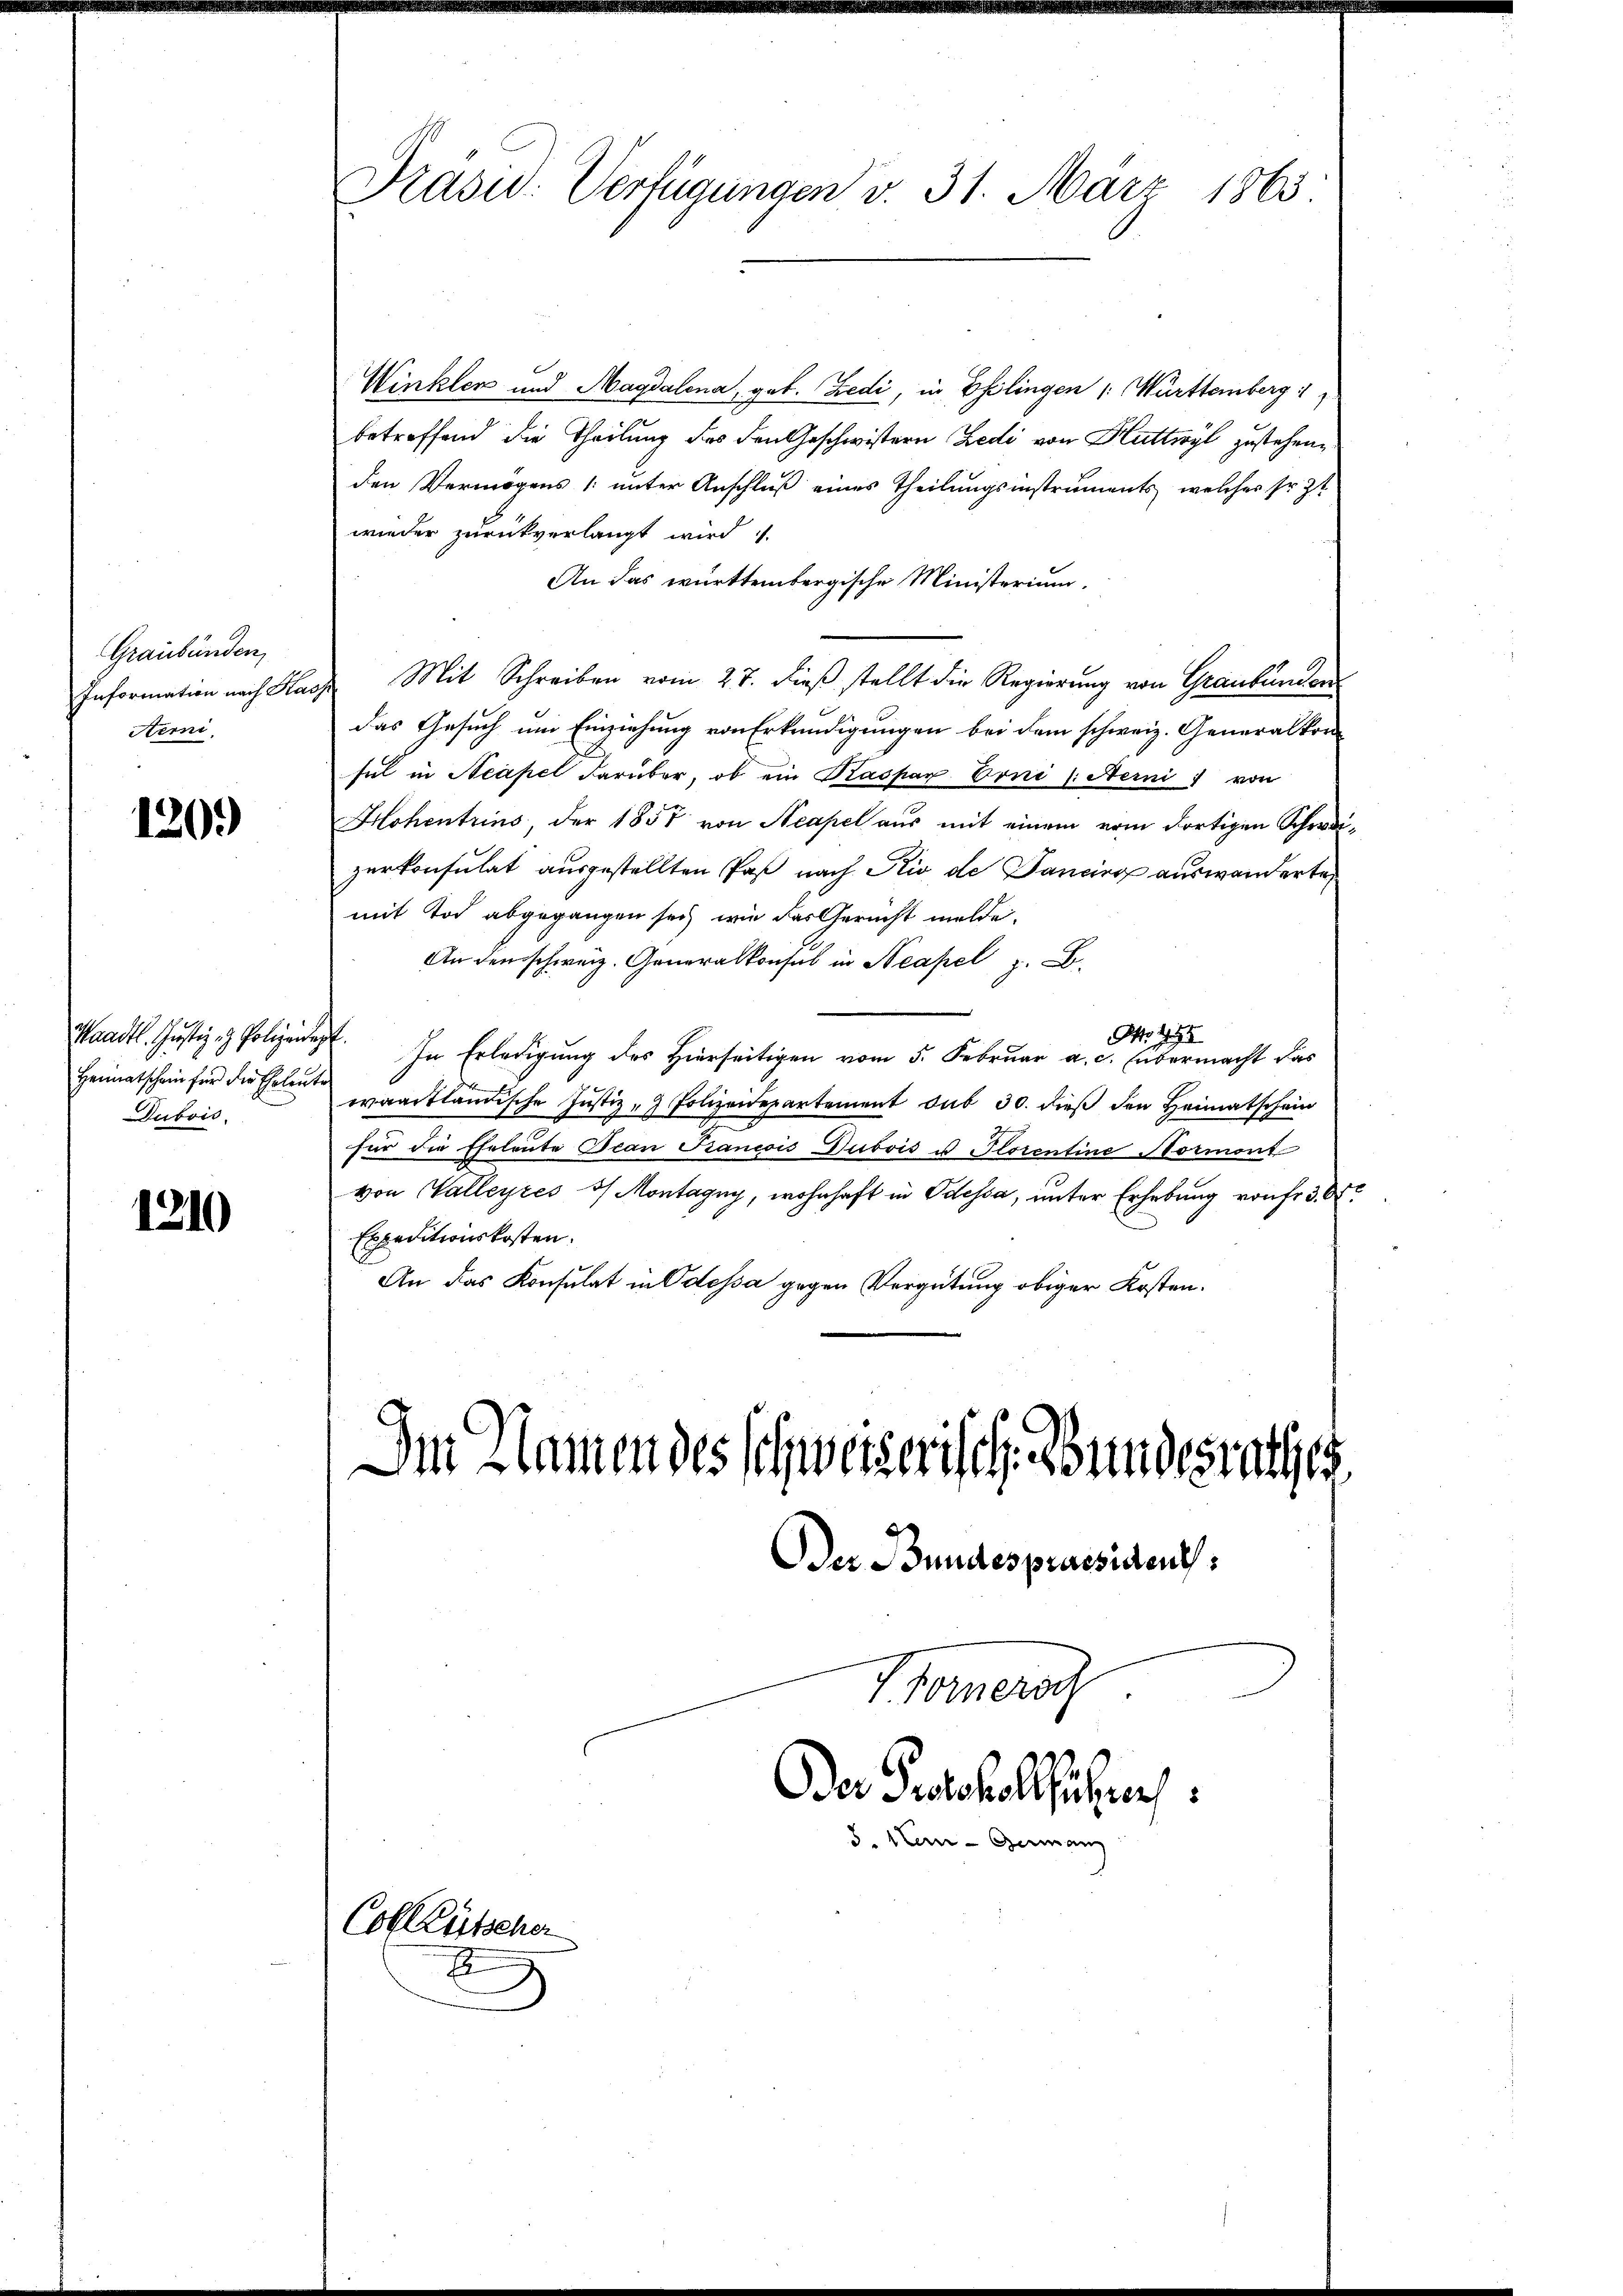
Graubünden,
Information nach Ka
Aemi

1209

Heimatschein für die Ehrleute
Dubois.

1210

Präsid. Verfügungen v. 31. März 1863

Winkler und Magdalena, geb. Bedi, in Eßlingen (: Württemberg 1
betreffend die Theilung des den Geschwistern Zedi von Huttwyl zustehenden Vermögens (unter Anschluß eines Theilungsinstruments, welches sr. Zt
wieder zurückverlangt wird
An das württembergische Ministerium,
 Mit Schreiben vom 27. dieß stellt die Regierung von Graubünden
das Gesuch um Einziehung von Erkundigungen bei dem schweiz. Generalkon
sul in Neapel darüber, ob ein Kaspar Erni (Aerni von
Hohentrins, der 1857 von Neapel aus mit einem vom dortigen Schredizerkonsulat ausgestellten Paß nach Kio de Danciro auswanderte
mit Tod abgegangen sei, wie das Gericht melde.
An den schweiz. Generalkonsul in Neapel z. B.
No. 295
Waadt Justiz - Polizen. In Erledigung des Hierseitigen vom 5. Februar a. c. übermacht das
waadtländische Justiz- & Polizeidepartement sub 30. dieß den Heimatschein
für die Eheleute Bean Francois Dubois u Plorentine Normont
von Valleyres of Montagny, wohnhaft in Odessa, unter Erhebung von fr. 30
Expeditionskosten.
An das Konsulat in Odessa gegen Vergütung obiger Kosten.

Im Namen des Schweizerisch. Bundesrathes.
Der Bundes praesident:

Colllütscher

E

V Hornera
Oder Protokollführer
3. 1ten Ges